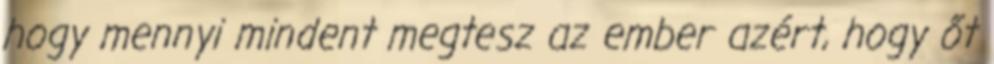
hogy mennyi mindent megtesz az ember azért, hogy őt